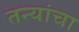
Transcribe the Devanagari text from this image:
तन्यांचा